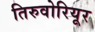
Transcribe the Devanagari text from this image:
तिरुवोरियूर